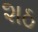
શઠ